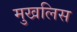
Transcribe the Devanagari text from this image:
मुखलिस